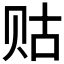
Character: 𲂾